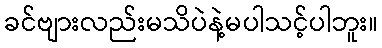
ခင်ဗျားလည်းမသိပဲနဲ့မပါသင့်ပါဘူး။